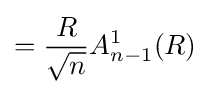
={\frac {R}{\sqrt {n}}}A_{n-1}^{1}(R)